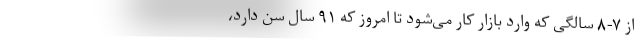
از ۷-۸ سالگی که وارد بازار کار می‌شود تا امروز که ۹۱ سال سن دارد،